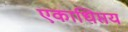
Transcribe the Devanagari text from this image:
एकाधिप्तय